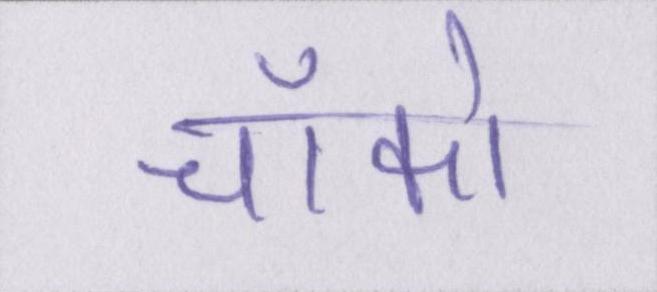
चॉको